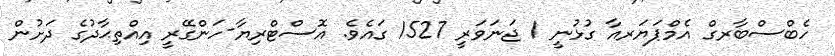
ހެބްސްބާރގް އެމްޕަޔަަރއާ ގުޅުނީ 1 ޖަނަވަރީ 1527 ގައެވެ. އޮސްޓްރިޔާ-ހަންގޭރީ އިއްތިޙާދުގެ ދަށުން